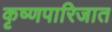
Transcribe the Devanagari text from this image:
कृष्णपारिजात